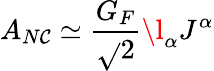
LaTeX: A_{N\mathcal{C}}\simeq\frac{{G_{F}}}{{\sqrt{}{{2}}}}\l_{\alpha}J^{\alpha}